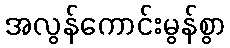
အလွန်ကောင်းမွန်စွာ